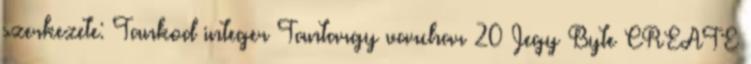
szerkezete: Tankod integer Tantargy varchar 20 Jegy Byte CREATE